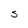
Character: S